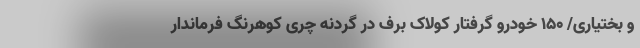
و بختیاری/ ۱۵۰ خودرو گرفتار کولاک برف در گردنه چری کوهرنگ فرماندار